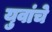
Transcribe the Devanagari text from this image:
युवांचे